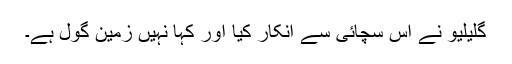
گلیلیو نے اس سچائی سے انکار کیا اور کہا نہیں زمین گول ہے۔